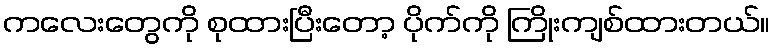
ကလေးတွေကို စုထားပြီးတော့ ပိုက်ကို ကြိုးကျစ်ထားတယ်။